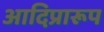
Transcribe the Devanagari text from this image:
आदिप्रारूप